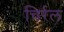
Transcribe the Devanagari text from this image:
चिर्रल